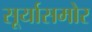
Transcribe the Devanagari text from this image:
सूर्यासमोर